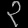
Digit: ၃